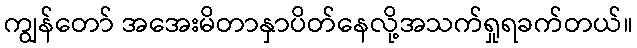
ကျွန်တော် အအေးမိတာနှာပိတ်နေလို့အသက်ရှုရခက်တယ်။